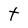
Character: t